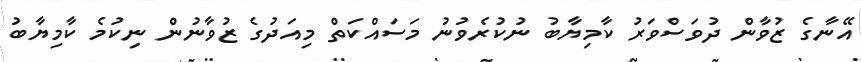
އޭނާގެ ޒުވާން ދުވަސްވަރު ކާމިޔާބު ނުކުރެވުނު މަސައްކަތް މިއަދުގެ ޒުވާނުން ނިކުމެ ކާމިޔާބު